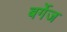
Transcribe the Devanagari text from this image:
बर्गेज